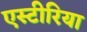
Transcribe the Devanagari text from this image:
एस्टीरिया